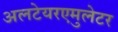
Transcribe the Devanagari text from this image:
अलटेयरएमुलेटर